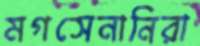
মগসেনানিরা